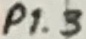
Text: P1.3